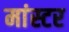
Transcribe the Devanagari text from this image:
मांस्टर